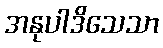
အနုပါဒိသေသာ